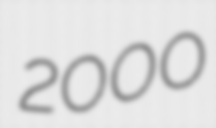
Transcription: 2000